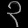
Digit: ၃